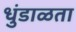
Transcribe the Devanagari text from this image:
धुंडाळता